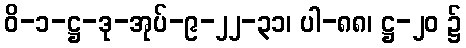
ဝိ-၁-ဋ္ဌ-ဒု-အုပ်-၉-၂၂-၃၁၊ ပါ-၈၈၊ ဋ္ဌ-၂၀ ၌